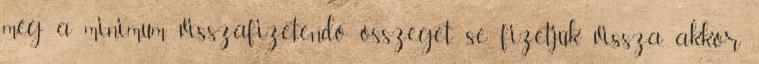
még a minimum visszafizetendő összeget se fizetjük vissza, akkor